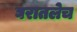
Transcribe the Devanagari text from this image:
घरातलेच